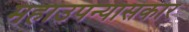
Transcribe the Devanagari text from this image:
महाउपन्यासकार